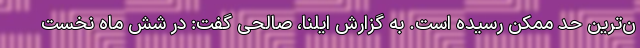
ن‌ترین حد ممکن رسیده است. به گزارش ایلنا، صالحی گفت: در شش ماه نخست